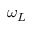
\omega _ { L }